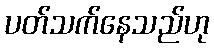
ပတ်သက်နေသည်ဟု